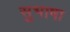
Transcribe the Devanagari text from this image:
सुभाषा